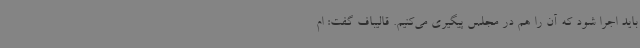
باید اجرا شود که آن را هم در مجلس پیگیری می‌کنیم. قالیباف گفت: ام